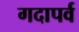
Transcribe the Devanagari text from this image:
गदापर्व